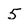
Character: 5